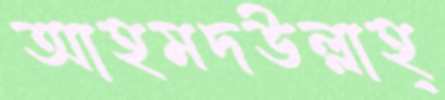
আহমদউল্লাহ্